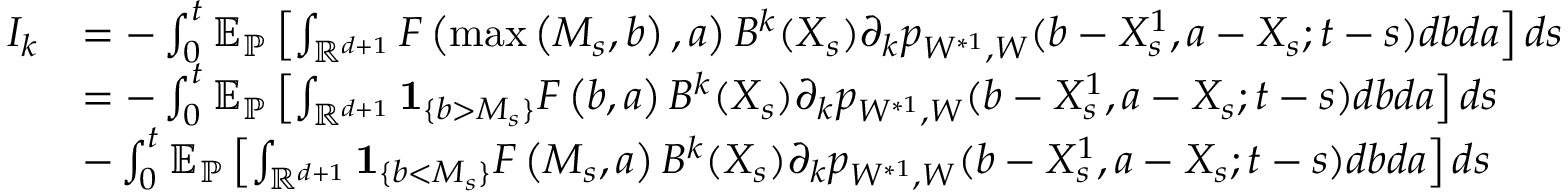
\begin{array} { r l } { I _ { k } } & { = - \int _ { 0 } ^ { t } { \mathbb E } _ { \mathbb { P } } \left[ \int _ { { \mathbb R } ^ { d + 1 } } F \left( \operatorname* { m a x } \left( M _ { s } , b \right) , a \right) B ^ { k } ( X _ { s } ) \partial _ { k } p _ { W ^ { * 1 } , W } ( b - { X _ { s } ^ { 1 } } , a - X _ { s } ; t - s ) d b d a \right] d s } \\ & { = - \int _ { 0 } ^ { t } { \mathbb E } _ { \mathbb { P } } \left[ \int _ { { \mathbb R } ^ { d + 1 } } { \mathbf 1 } _ { \{ b > M _ { s } \} } F \left( b , a \right) B ^ { k } ( X _ { s } ) \partial _ { k } p _ { W ^ { * 1 } , W } ( b - { X _ { s } ^ { 1 } } , a - X _ { s } ; t - s ) d b d a \right] d s } \\ & { - \int _ { 0 } ^ { t } { \mathbb E } _ { \mathbb { P } } \left[ \int _ { { \mathbb R } ^ { d + 1 } } { \mathbf 1 } _ { \{ b < M _ { s } \} } F \left( M _ { s } , a \right) B ^ { k } ( X _ { s } ) \partial _ { k } p _ { W ^ { * 1 } , W } ( b - { X _ { s } ^ { 1 } } , a - X _ { s } ; t - s ) d b d a \right] d s } \end{array}